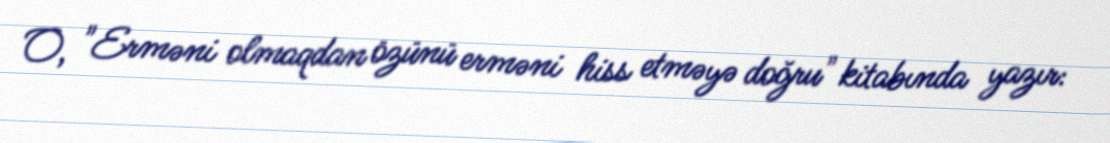
O, "Erməni olmaqdan özünü erməni hiss etməyə doğru" kitabında yazır: